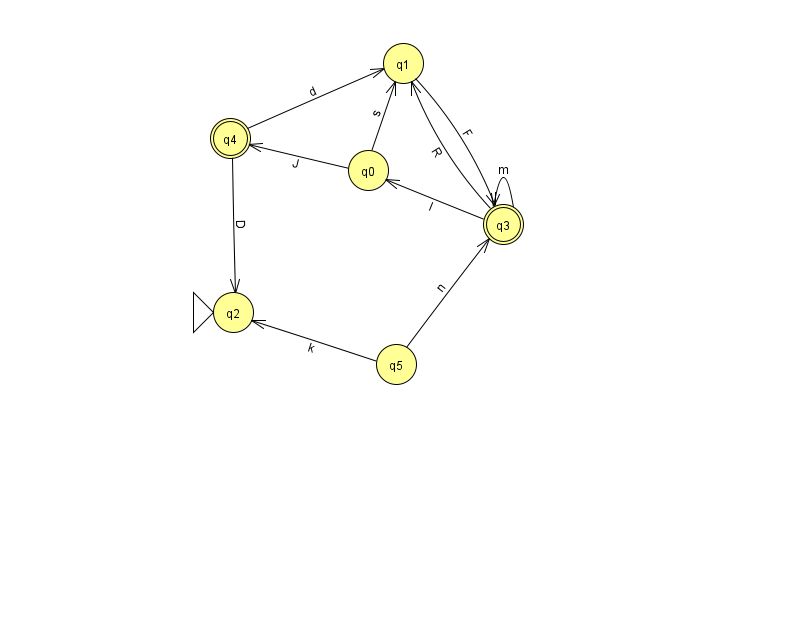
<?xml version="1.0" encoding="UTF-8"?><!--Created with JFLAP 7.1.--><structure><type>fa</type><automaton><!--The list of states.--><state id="0" name="q0"><x>368.0</x><y>157.0</y></state><state id="1" name="q1"><x>403.0</x><y>50.0</y></state><state id="2" name="q2"><x>233.0</x><y>299.0</y><initial/></state><state id="3" name="q3"><x>503.0</x><y>211.0</y><final/></state><state id="4" name="q4"><x>230.0</x><y>125.0</y><final/></state><state id="5" name="q5"><x>396.0</x><y>351.0</y></state><!--The list of transitions.--><transition><from>5</from><to>3</to><read>n</read></transition><transition><from>5</from><to>2</to><read>k</read></transition><transition><from>0</from><to>1</to><read>s</read></transition><transition><from>0</from><to>4</to><read>J</read></transition><transition><from>4</from><to>2</to><read>D</read></transition><transition><from>3</from><to>0</to><read>I</read></transition><transition><from>1</from><to>3</to><read>F</read></transition><transition><from>3</from><to>1</to><read>R</read></transition><transition><from>3</from><to>3</to><read>m</read></transition><transition><from>4</from><to>1</to><read>d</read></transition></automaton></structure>